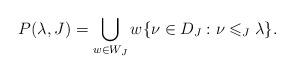
LaTeX: \begin{align*}P(\lambda,J) = \bigcup_{w \in W_J} w\{ \nu \in D_J: \nu \leqslant_J\lambda \}.\end{align*}